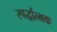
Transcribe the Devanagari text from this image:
स्पर्द्धात्मक